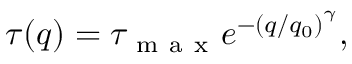
\tau ( q ) = \tau _ { \mathrm { ~ m ~ a ~ x ~ } } e ^ { - \left( q / q _ { 0 } \right) ^ { \gamma } } ,